Leningradi_Edasi_toimetus, lk 12
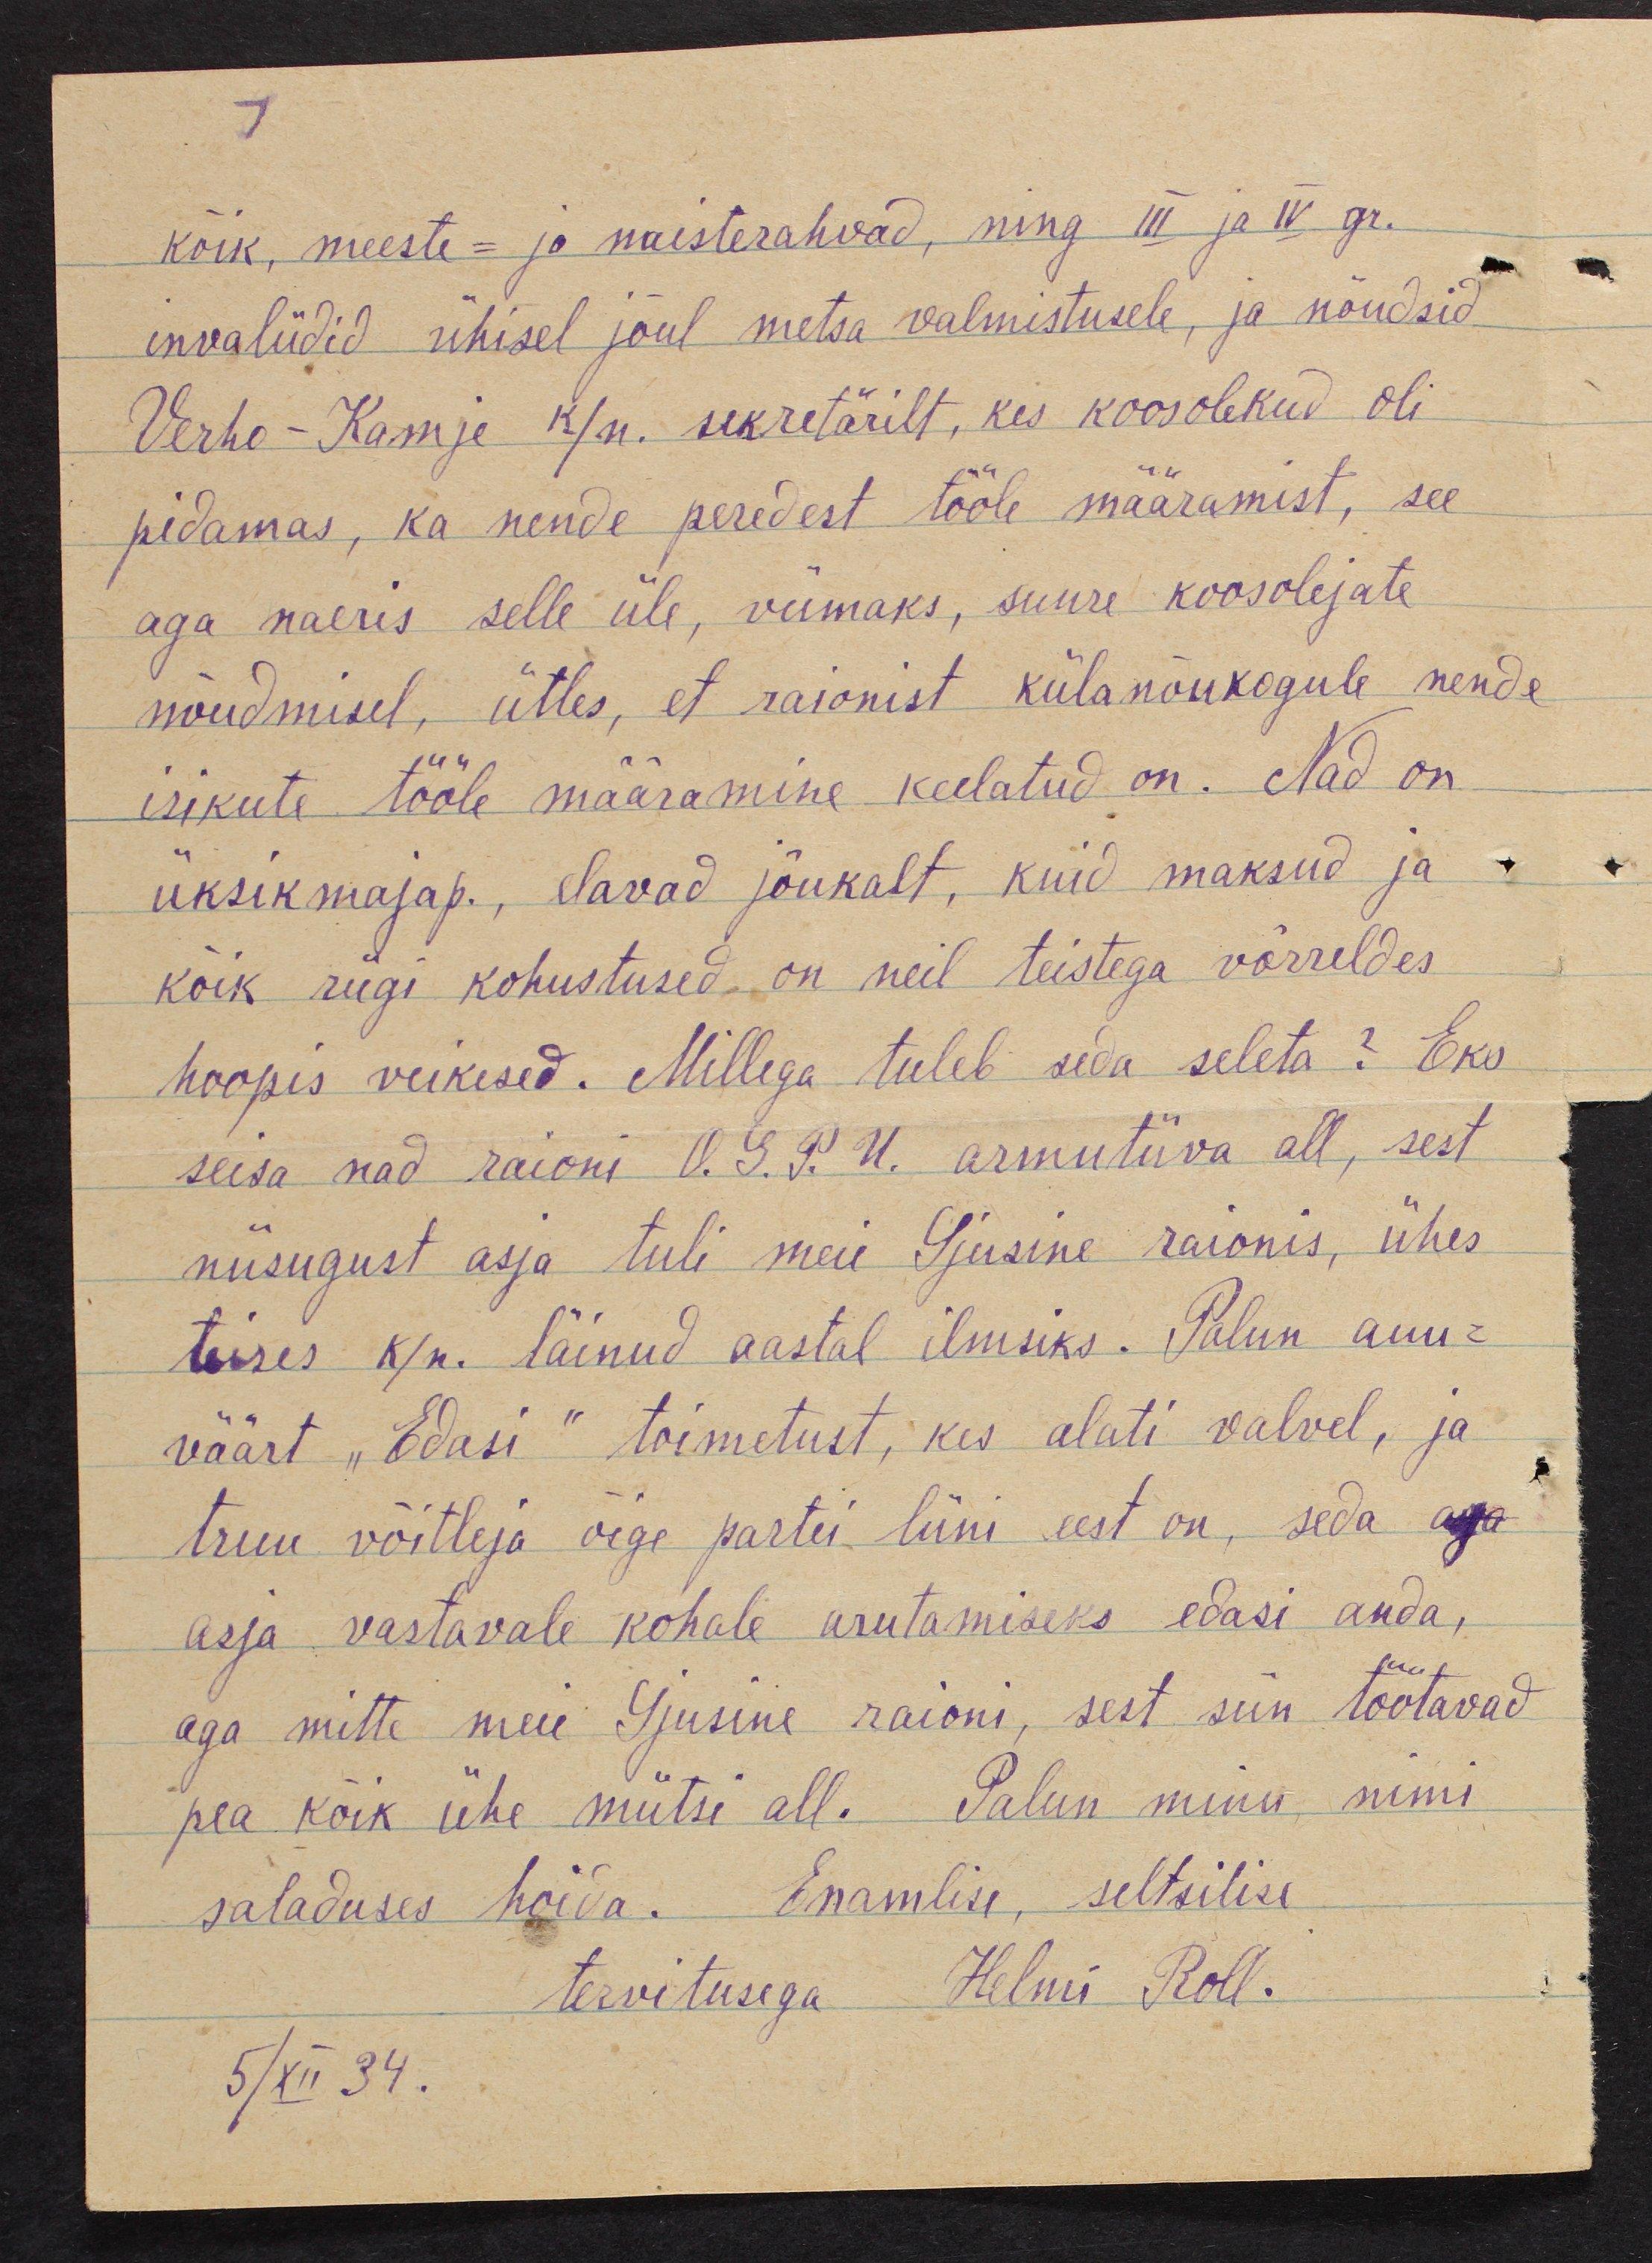
7
kõik, meeste- ja naesterahvad, ning III ja IV gr.
invaliidid ühisel jõul metsa valmistusele, ja nõudsid
Verho-Kamje k/n. sekretärit, kes koosolekud oli
pidamas, ka nende peredest tööle määramist, see
aga naeris selle üle, viimaks, suure koosolejate
nõudmisel, ütles, et raionist külanõukogule nende
isikute tööle määramine keelatud on. Nad on
üksikmajap., elavad jõukalt, kuid maksud ja
kõik riigi kohustused on neil teistega võrreldes
hoopis veikesed. Millega tuleb seda seleta? Eks
seisa nad raioni O.G.P. U. armutiiva all, sest
niisugust asja tuli meie Gjusine raionis, ühes
teises k/n. läinud aastal ilmsiks. Palun auu-
väärt "Edasi" toimetust, kes alati valvel, ja
truu võitleja õige partei liini eest on, seda aga
asja vastavale kohale arutamiseks edasi anda,
aga mitte meie Gjusine raioni, sest siin töötavad
pea kõik ühe mütsi all. Palun minu nimi
saladuses hoida. Enamlise, seltsilise
tervitusega Helmi Roll.
5/XII 34.